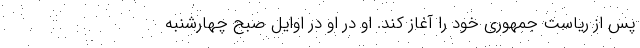
پس از ریاست جمهوری خود را آغاز کند. او در او در اوایل صبح چهارشنبه